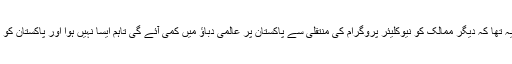
اُن کے مطابق اس اقدام کا مقصد یہ تھا کہ دیگر ممالک کو نیوکلیئر پروگرام کی منتقلی سے پاکستان پر عالمی دباؤ میں کمی آئے گی تاہم ایسا نہیں ہوا اور پاکستان کو مسلسل حزیمت کا سامنا کرنا پڑا۔